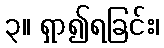
၃။ ရှာ၍ရခြင်း၊